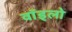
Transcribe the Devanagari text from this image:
वॉड्लो